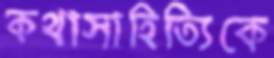
কথাসাহিত্যিকে